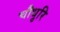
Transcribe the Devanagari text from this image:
चौधुरि